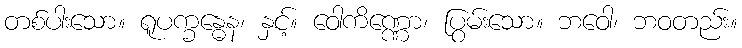
တစ်ပါးသော။ ရူပက္ခန္ဓေန၊ နှင့်။ ဝေါကိဏ္ဏော၊ ပြွမ်းသော။ ဘဝေါ၊ ဘဝတည်း။